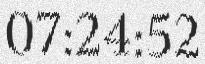
07:24:52